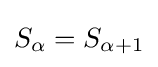
{S}_{\alpha }={S}_{\alpha +1}